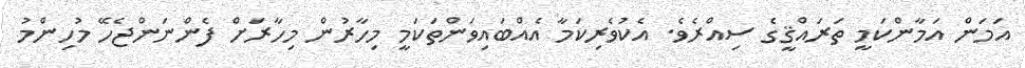
އަމަން އަމާންކަމީ ތަރައްޤީގެ ސިއްރެވެ. އެކުވެރިކަމާ އެއްބައިވަންތަކަމީ މިހާރުން މިހާރަށް ފެންނަންޖެހޭ މުހިންމު